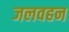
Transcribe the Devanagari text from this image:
जलवहन